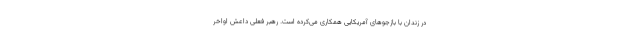
در زندان با بازجوهای آمریکایی همکاری می‌کرده است. رهبر فعلی داعش اواخر